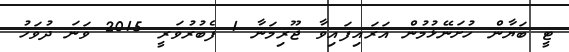
ޓީ ބަޔާން ހުށަނޭޅުމުން އަރައިފައިވާ ޖޫރިމަނާ 1 ފެބުރުވަރީ 2015 ވަނަ ދުވަހު